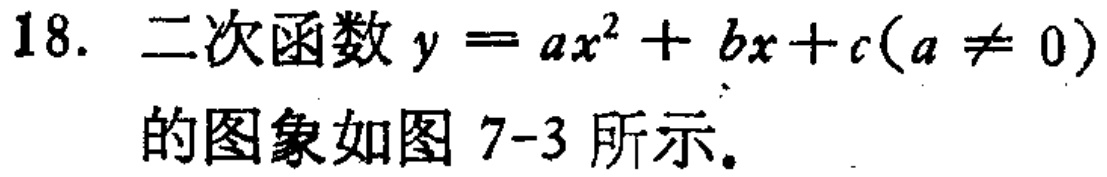
18. 二次函数\(y = ax^{2}+bx + c(a\neq0)\)的图象如图7-3所示。